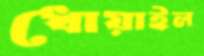
ধোয়াইল